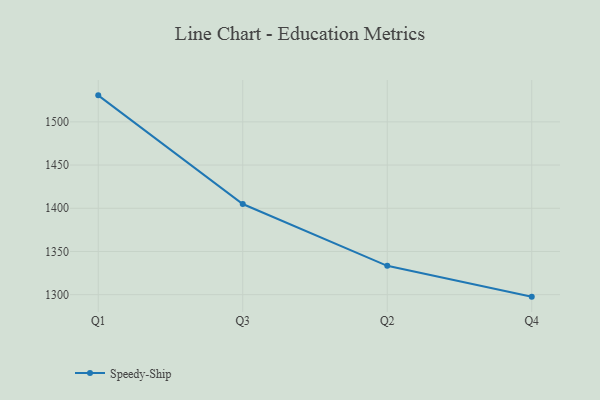
{"axis": {"x": "Quarter", "y": "Net Income (USD K)"}, "legend": ["Speedy-Ship"], "data": [{"x": "Q1", "y": 1530.7, "type": "Speedy-Ship"}, {"x": "Q3", "y": 1404.9, "type": "Speedy-Ship"}, {"x": "Q2", "y": 1333.4, "type": "Speedy-Ship"}, {"x": "Q4", "y": 1297.7, "type": "Speedy-Ship"}]}